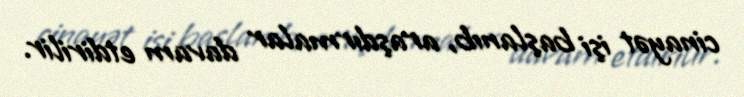
cinayət işi başlanıb, araşdırmalar davam etdirilir.